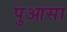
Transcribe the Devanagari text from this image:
पुआसा